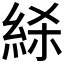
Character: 𰫢